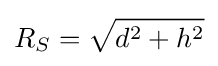
R_{S}={\sqrt {d^{2}+h^{2}}}